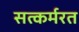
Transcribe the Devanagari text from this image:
सत्कर्मरत